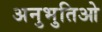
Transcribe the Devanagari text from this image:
अनुभुतिओ